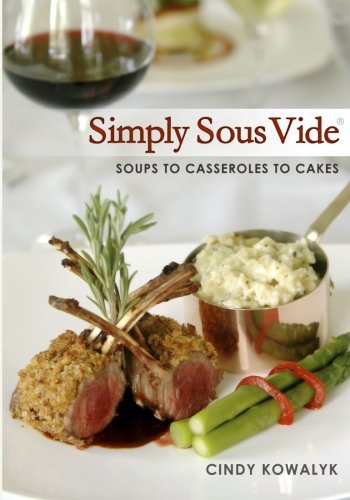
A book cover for Simply Sous Vide: Soups to Casseroles to Cakes; Cindy Kowalyk; Cookbooks, Food & Wine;